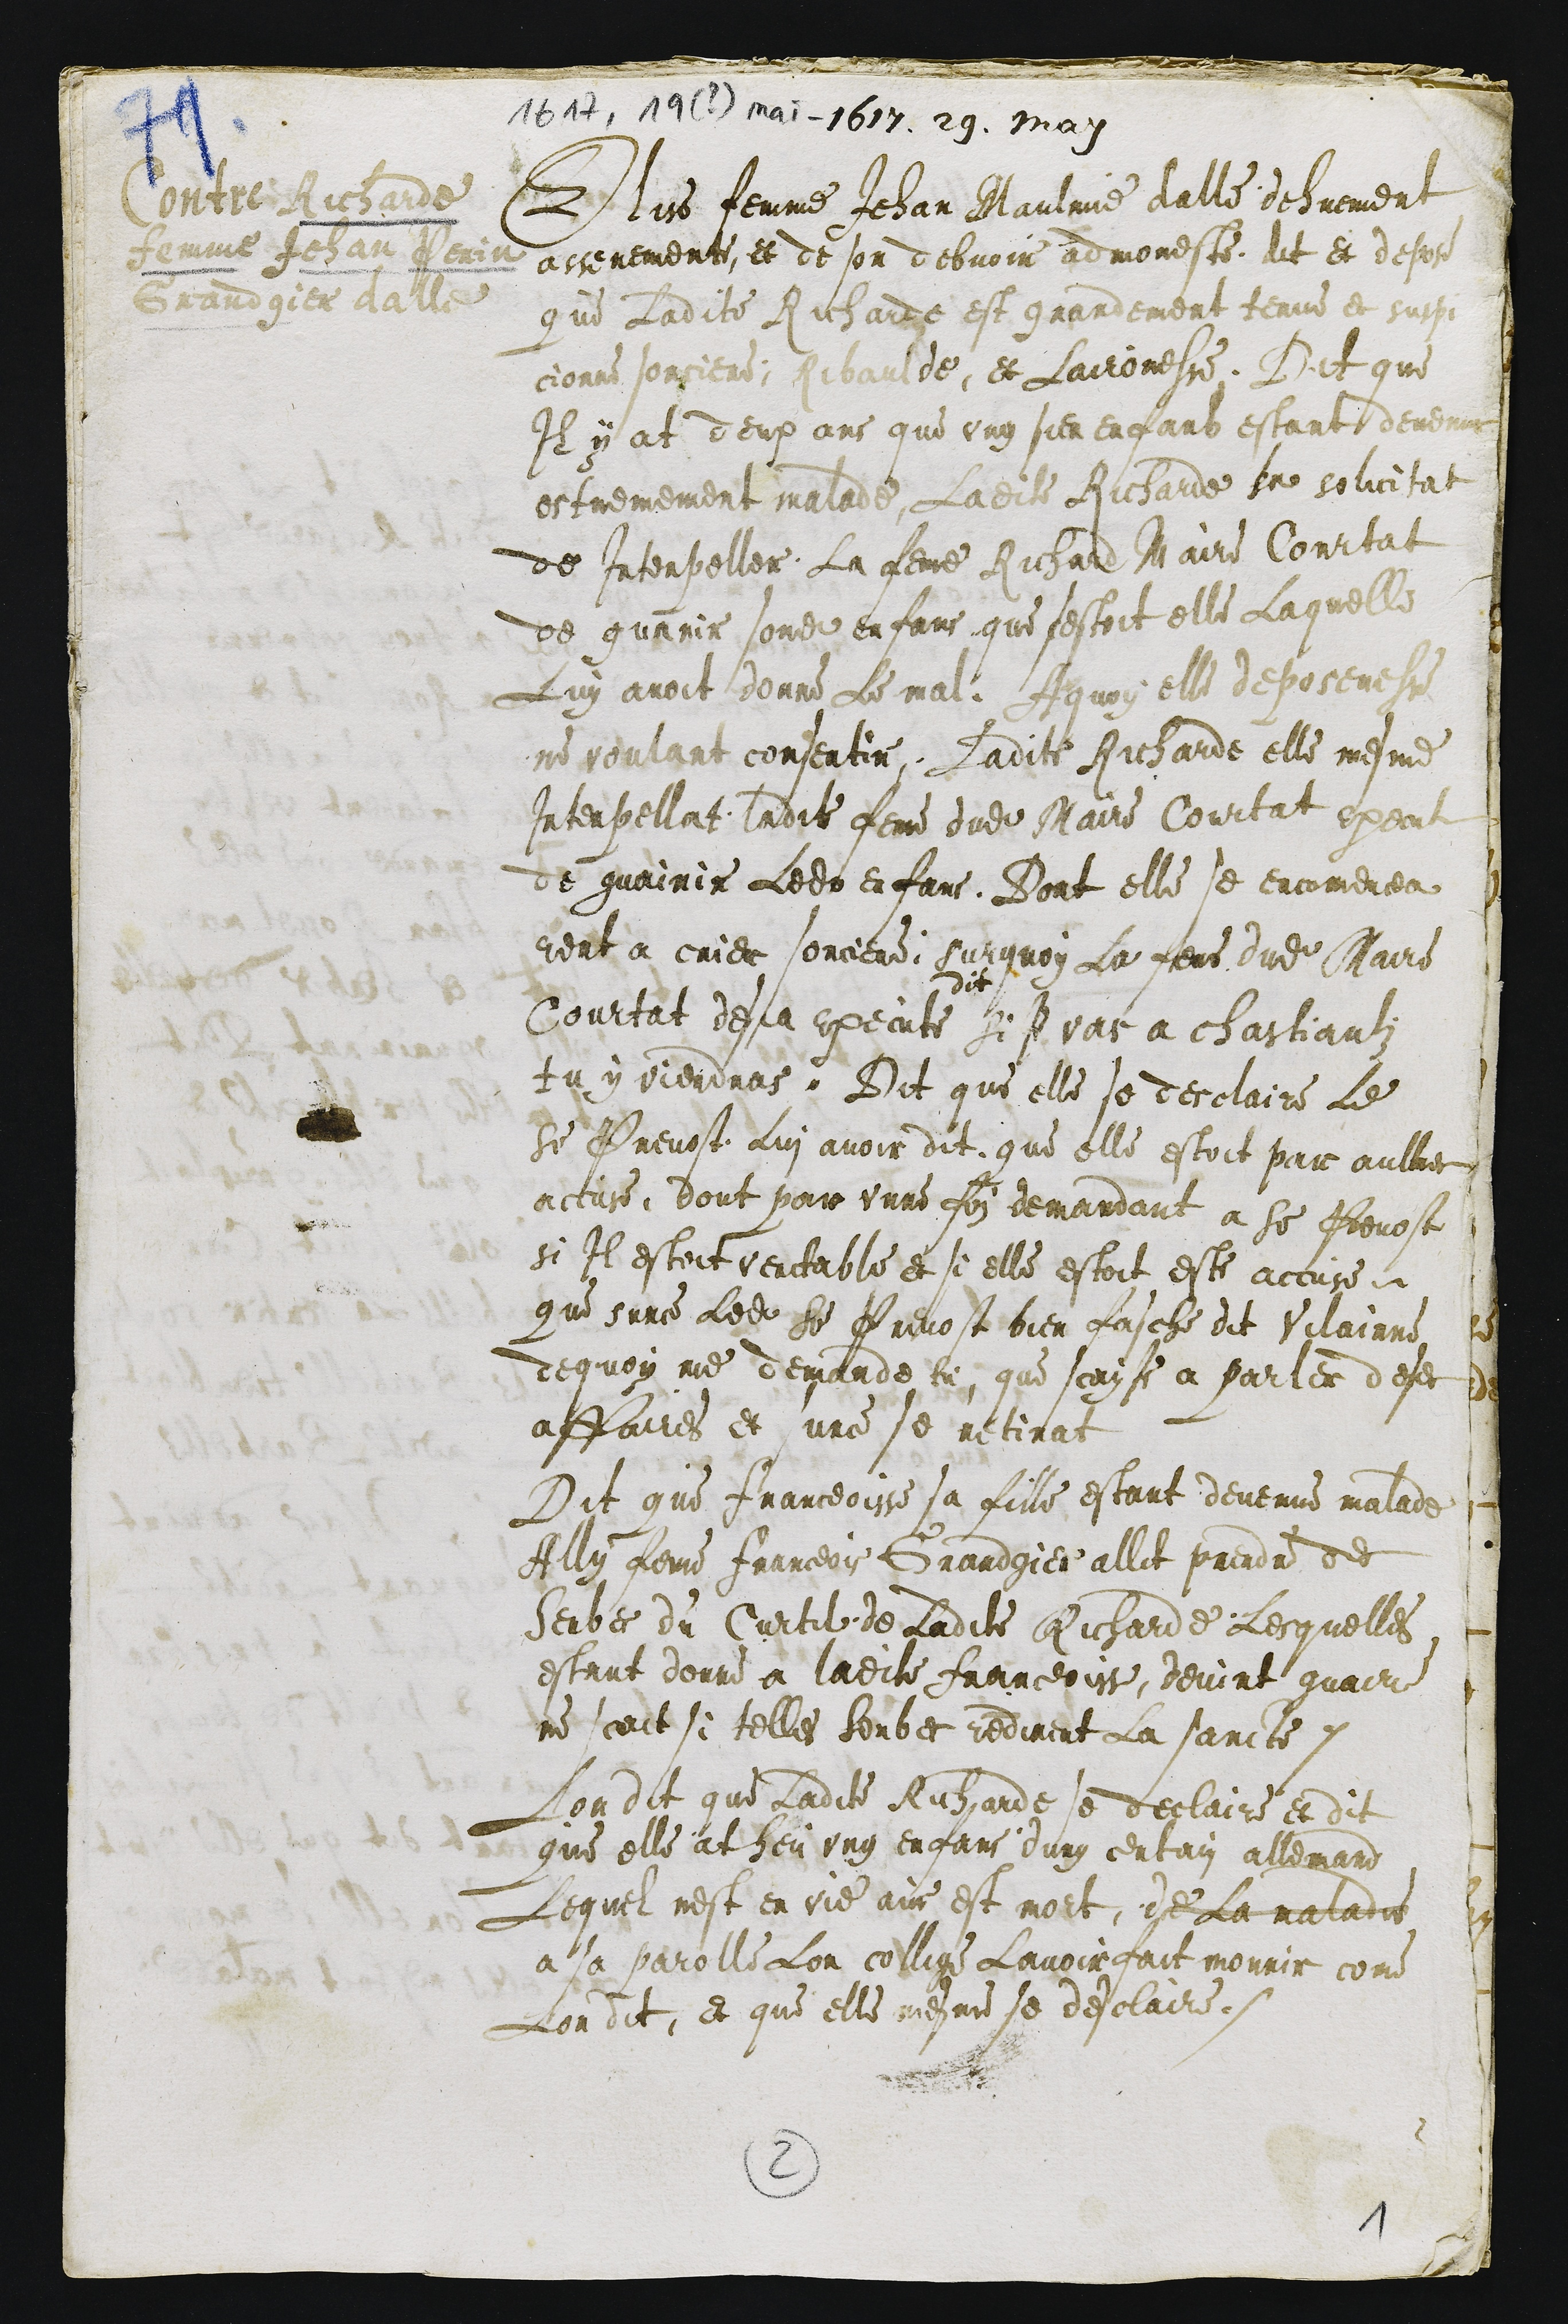
Contre Richarde
femme Jehan Perin
Grandgier dalle

1617, 19 (?) mai 1617. 29. may
Elise femme Jehan Maulvie dalle dehuement
asseremente et de son debvoir admoneste dit et depose
que Ladite Richarde est grandement tenue et suspi
cionne sorciere, Ribaulde, et Laironesse. Dit que
Il y at deux ans que ung sien enfans estant devenus
estremement malade Ladite Richarde se solicita
de Interpeller La feme Richard Maire Courtat
de guarir sondit enfans que sestoit elle Laquelle
Luy avoit donne Le mal A quoi elle deposeresse
ne voulant consentir, Ladite Richarde elle mesme
Interpellat ladite feme dudit Maire Courtat execute
de guairir Ledit enfans. Dont elle se encomencea
rent a crier sorciere, surquoy La feme dudit Maire
Courtat desja execute
dit
Si Je vas a chastiaulz
tu y viendras, Dit que elle se desclaire le
Sieur Prevost Lui avoir dit que elle estoit par aultres
accuse, dont par unne foy demandant a Sieur Prevost
si Il estoit veritable et si elle estoit este accuse
que surce Ledit Sieur Prevost bien fasche dit Vilainne
dequoy me demande tu, que scay Je a parler deses
affaires et surce se retirat
Dit que Franceoisse sa fille estant devenue malade
Ally feme Franceois Grandgier allit prendre des
herbes du Curtil de ladite Richarde Lesquelles
estant donne a ladite Franceoisse, devint guairie
ne scait si telles herbes rendirent la sancte.
Lon dit que Ladite Richarde se declaire et dit
que elle at heu ung enfans dung certain allemand
Lequel nest en vie ains est mort, de La maladie
a sa parolle Lon collige Lavoir fait mourir come
Lon dit, et que elle mesme se declaire.